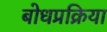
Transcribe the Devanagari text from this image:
बोधप्रक्रिया